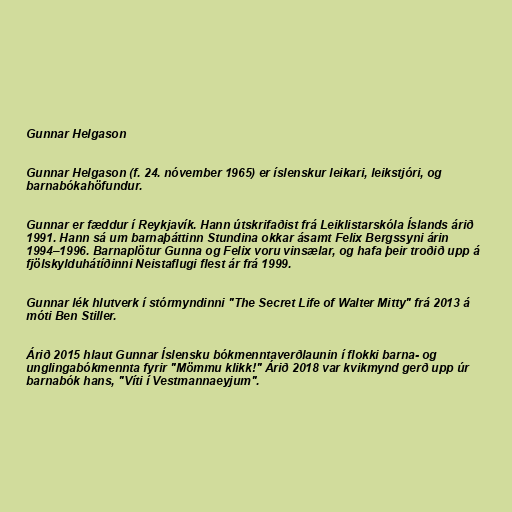
Gunnar Helgason

Gunnar Helgason (f. 24. nóvember 1965) er íslenskur leikari, leikstjóri, og
barnabókahöfundur.

Gunnar er fæddur í Reykjavík. Hann útskrifaðist frá Leiklistarskóla Íslands árið
1991. Hann sá um barnaþáttinn Stundina okkar ásamt Felix Bergssyni árin
1994–1996. Barnaplötur Gunna og Felix voru vinsælar, og hafa þeir troðið upp á
fjölskylduhátíðinni Neistaflugi flest ár frá 1999.

Gunnar lék hlutverk í stórmyndinni "The Secret Life of Walter Mitty" frá 2013 á
móti Ben Stiller.

Árið 2015 hlaut Gunnar Íslensku bókmenntaverðlaunin í flokki barna- og
unglingabókmennta fyrir "Mömmu klikk!" Árið 2018 var kvikmynd gerð upp úr
barnabók hans, "Víti í Vestmannaeyjum".